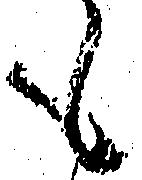
も